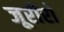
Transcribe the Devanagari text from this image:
जूरीरो